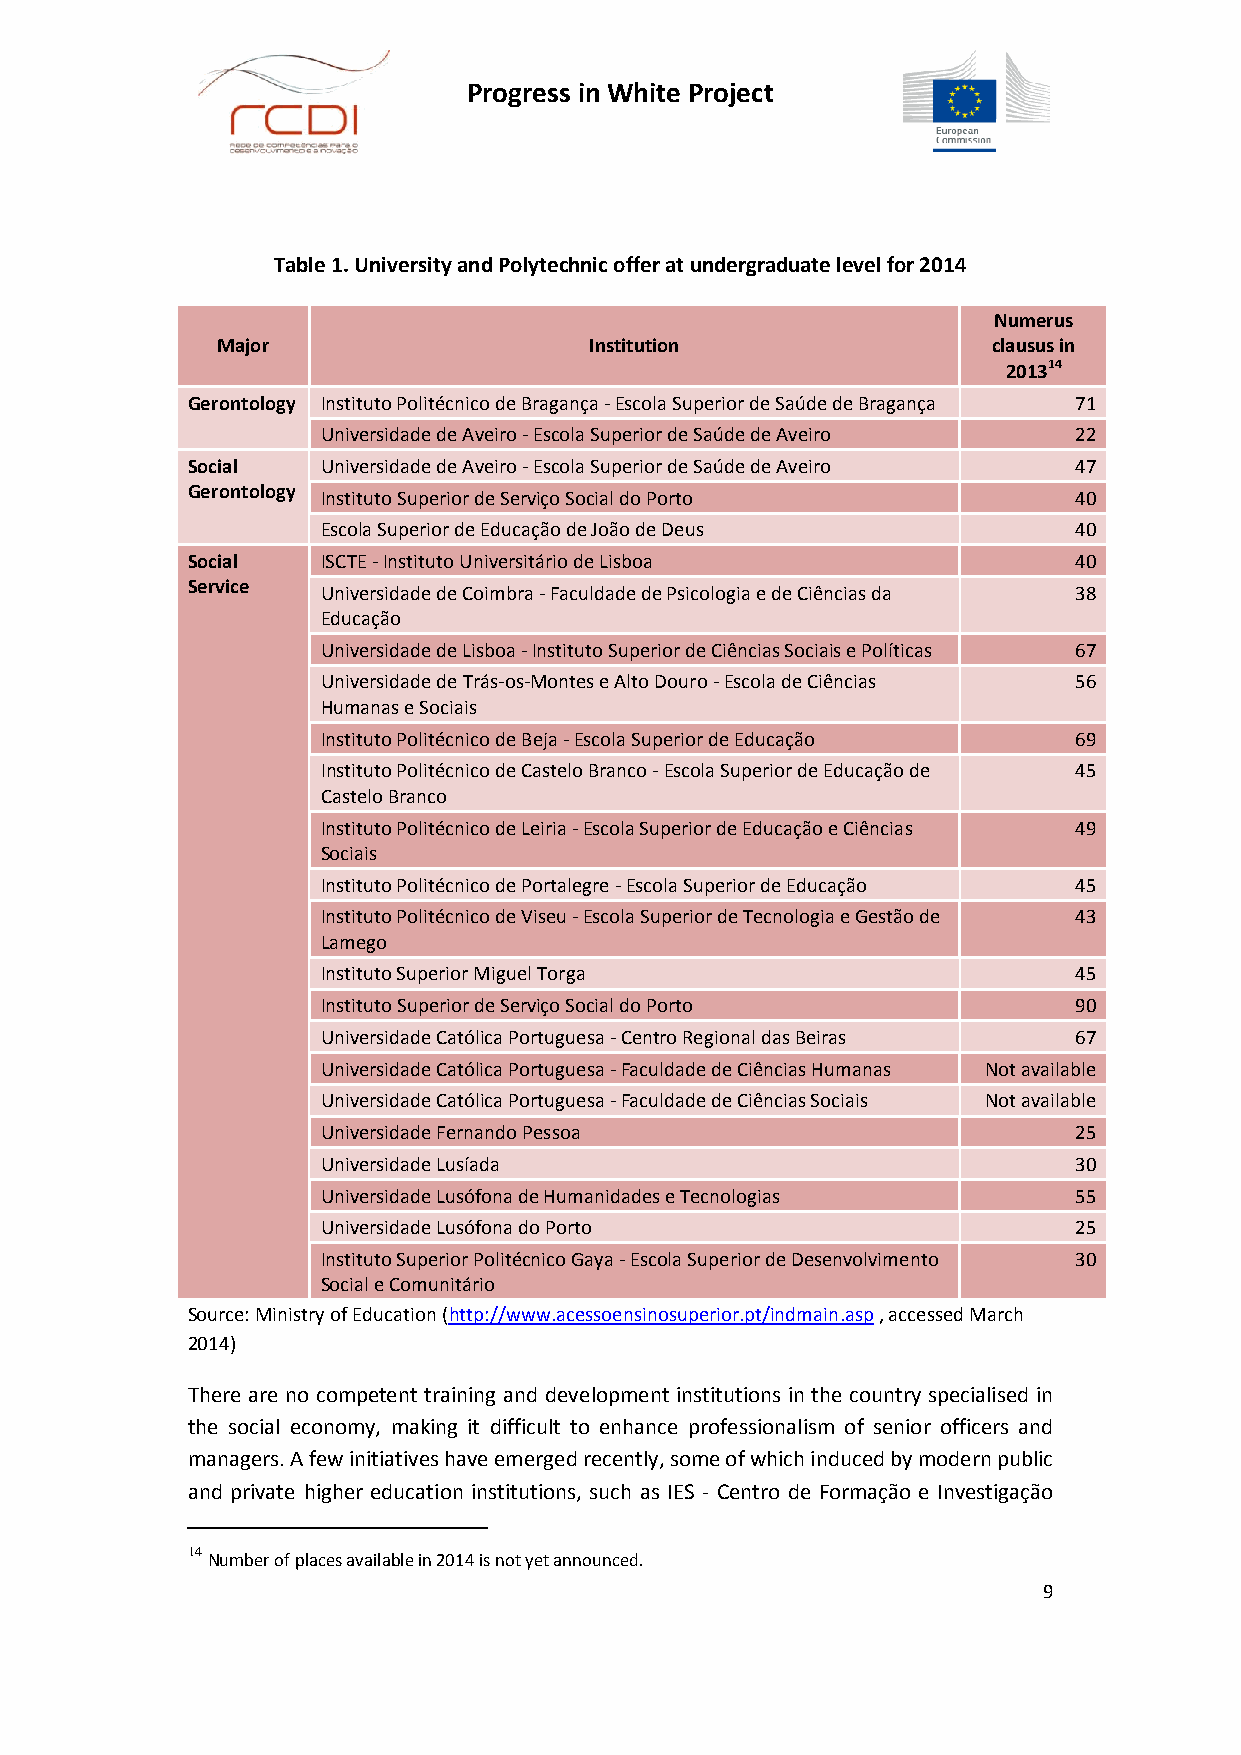
Progress in White Project
 Table 1. University and Polytechnic offer at undergraduate level for 2014
 Numerus
 Major                    Institution                clausus in
 201314
 Gerontology Instituto Politécnico de Bragança - Escola Superior de Saúde de Bragança 71
 Universidade de Aveiro - Escola Superior de Saúde de Aveiro 22
 Social   Universidade de Aveiro - Escola Superior de Saúde de Aveiro 47
 Gerontology Instituto Superior de Serviço Social do Porto  40
 Escola Superior de Educação de João de Deus       40
 Social   ISCTE - Instituto Universitário de Lisboa         40
 Service  Universidade de Coimbra - Faculdade de Psicologia e de Ciências da 38
 Educação
 Universidade de Lisboa - Instituto Superior de Ciências Sociais e Políticas 67
 Universidade de Trás-os-Montes e Alto Douro - Escola de Ciências 56
 Humanas e Sociais
 Instituto Politécnico de Beja - Escola Superior de Educação 69
 Instituto Politécnico de Castelo Branco - Escola Superior de Educação de 45
 Castelo Branco
 Instituto Politécnico de Leiria - Escola Superior de Educação e Ciências 49
 Sociais
 Instituto Politécnico de Portalegre - Escola Superior de Educação 45
 Instituto Politécnico de Viseu - Escola Superior de Tecnologia e Gestão de 43
 Lamego
 Instituto Superior Miguel Torga                   45
 Instituto Superior de Serviço Social do Porto     90
 Universidade Católica Portuguesa - Centro Regional das Beiras 67
 Universidade Católica Portuguesa - Faculdade de Ciências Humanas Not available
 Universidade Católica Portuguesa - Faculdade de Ciências Sociais Not available
 Universidade Fernando Pessoa                      25
 Universidade Lusíada                              30
 Universidade Lusófona de Humanidades e Tecnologias 55
 Universidade Lusófona do Porto                    25
 Instituto Superior Politécnico Gaya - Escola Superior de Desenvolvimento 30
 Social e Comunitário
 Source: Ministry of Education (http://www.acessoensinosuperior.pt/indmain.asp , accessed March
 2014)
 There are no competent training and development institutions in the country specialised in
 the social economy, making it difficult to enhance professionalism of senior officers and
 managers. A few initiatives have emerged recently, some of which induced by modern public
 and private higher education institutions, such as IES - Centro de Formação e Investigação
 14
 Number of places available in 2014 is not yet announced.
 9